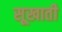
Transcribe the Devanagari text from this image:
सूखाती